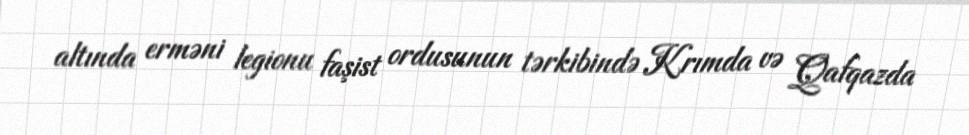
altında erməni legionu faşist ordusunun tərkibində Krımda və Qafqazda